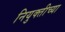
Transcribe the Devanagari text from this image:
नियुक्तीच्या